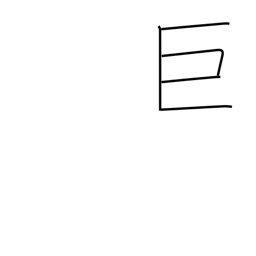
Meaning: large